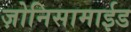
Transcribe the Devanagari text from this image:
ज़ोनिसामाईड